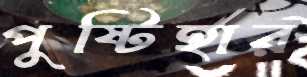
পুষ্টিহার